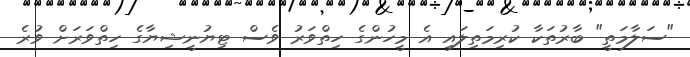
"ސަލާމަތީ" ބާރުތަކާ ކުރިމަތިލައި އެ މީހުންގެ ހިތްވަރު ވެސް ޓިޔުނީޝިޔާގެ ހިތްވަރަށް ވުރެ